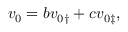
\boldsymbol { v } _ { 0 } = b \boldsymbol { v } _ { 0 \dag } + c \boldsymbol { v } _ { 0 \ddag } ,